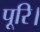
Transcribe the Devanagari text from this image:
पूरि।